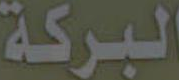
البركة